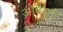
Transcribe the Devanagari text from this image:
ओपेराचे